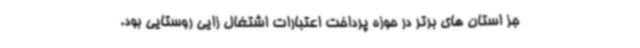
جز استان های برتر در حوزه پرداخت اعتبارات اشتغال زایی روستایی بود.